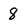
Character: 8